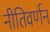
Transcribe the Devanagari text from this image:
नीतिवर्णन